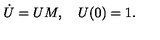
\dot { U } = U M , { \quad } U ( 0 ) = 1 .